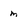
Character: m